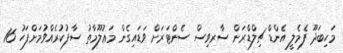
މަހިބަދޫ ފެމެލީ އެންޑް ޗިލްޑްރަން ސާރވިސް ސެންޓަރަށް ވަޑައިގެން މަޢުލޫމާތު ސާފުކުރެއްވުމަށްފަހު 16